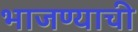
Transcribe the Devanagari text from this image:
भाजण्याची